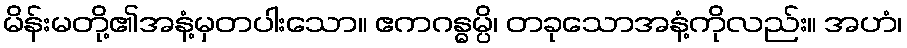
မိန်းမတို့၏အနံ့မှတပါးသော။ ဧကဂန္ဓမ္ပိ၊ တခုသောအနံ့ကိုလည်း။ အဟံ၊